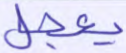
يعجل